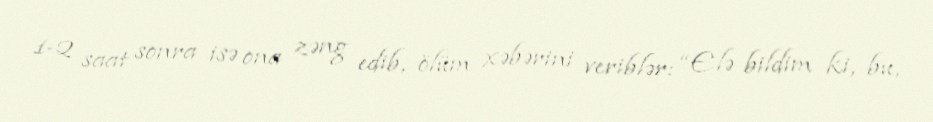
1-2 saat sonra isə ona zəng edib, ölüm xəbərini veriblər: “Elə bildim ki, bu,